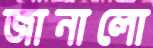
জানালো